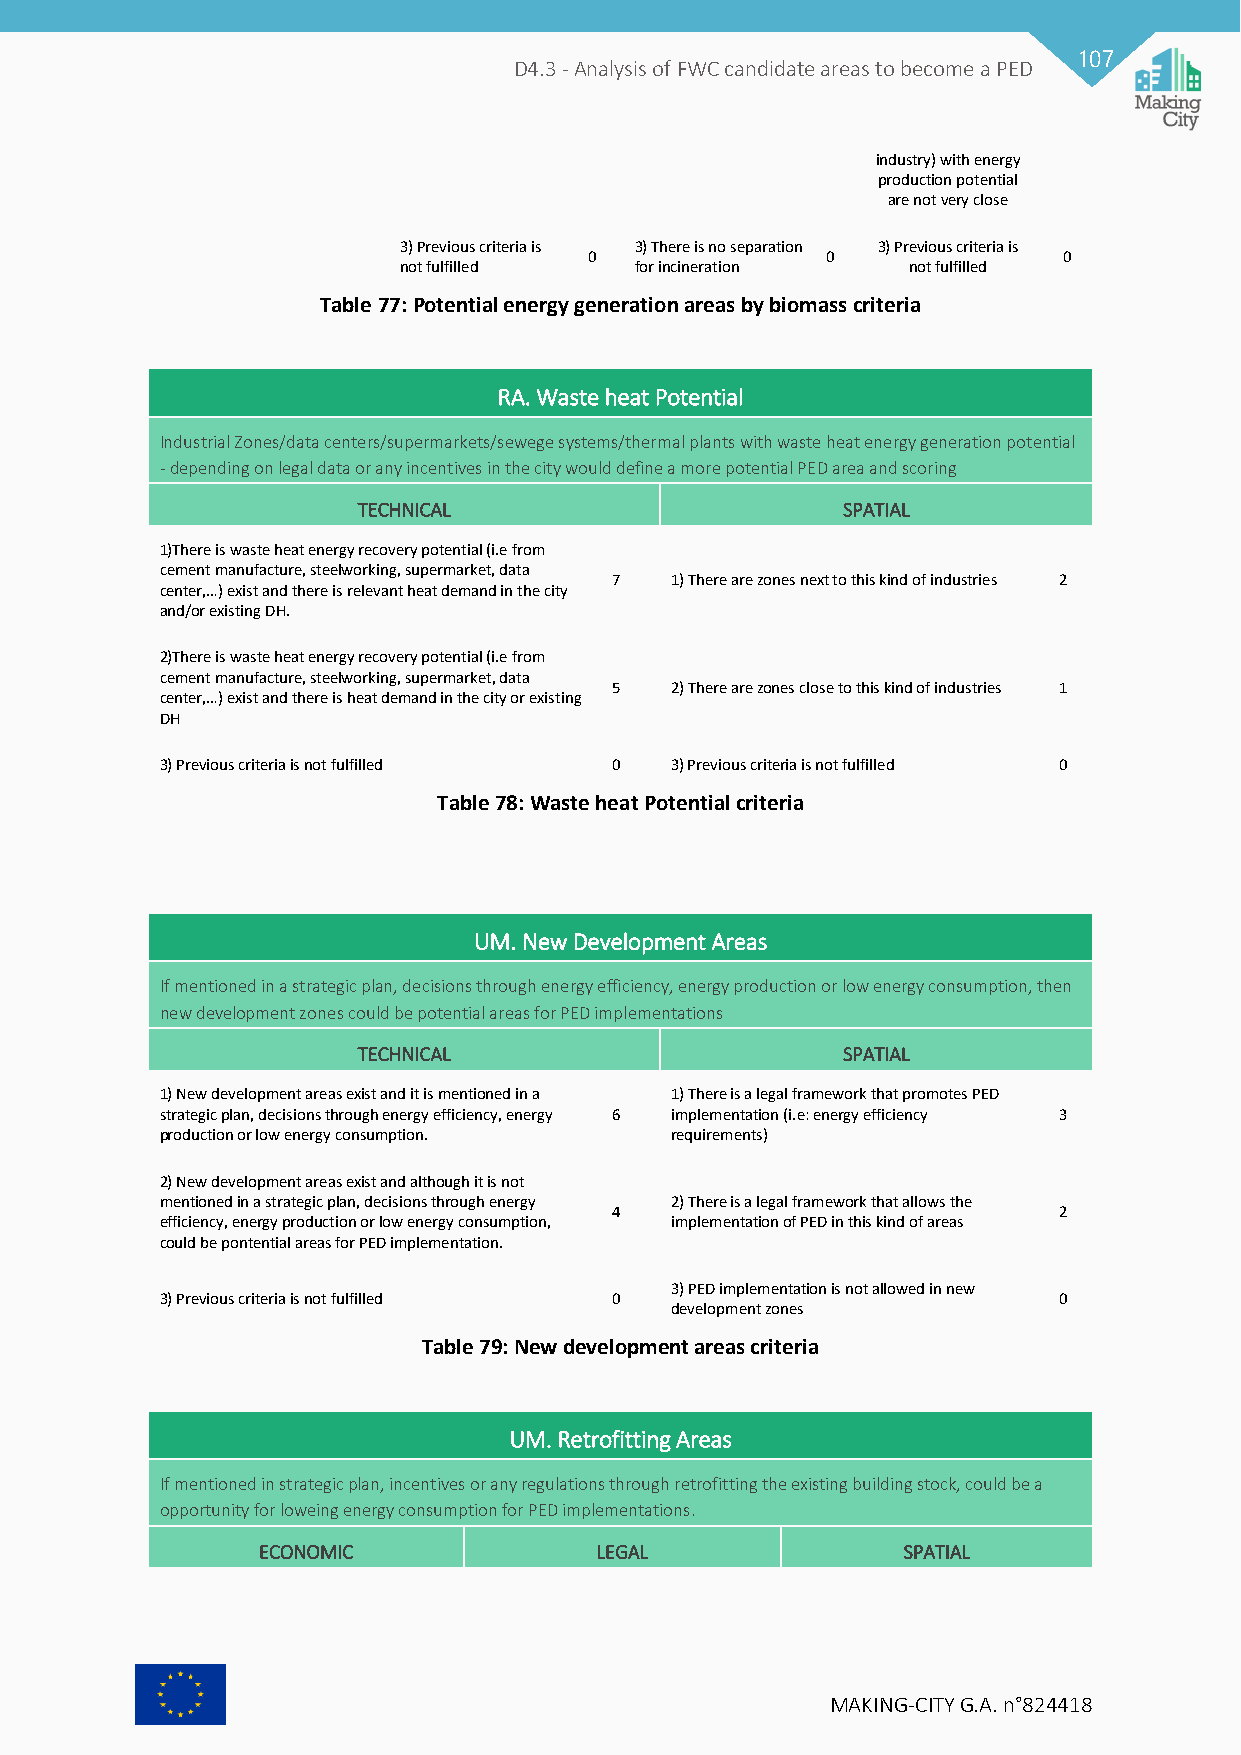
107
 D4.3 - Analysis of FWC candidate areas to become a PED
 industry) with energy
 production potential
 are not very close
 3) Previous criteria is 3) There is no separation 3) Previous criteria is
 0               0              0
 not fulfilled   for incineration  not fulfilled
 Table 77: Potential energy generation areas by biomass criteria
 RA. Waste heat Potential
 Industrial Zones/data centers/supermarkets/sewege systems/thermal plants with waste heat energy generation potential
 - depending on legal data or any incentives in the city would define a more potential PED area and scoring
 TECHNICAL                       SPATIAL
 1)There is waste heat energy recovery potential (i.e from
 cement manufacture, steelworking, supermarket, data
 7   1) There are zones next to this kind of industries 2
 center,…) exist and there is relevant heat demand in the city
 and/or existing DH.
 2)There is waste heat energy recovery potential (i.e from
 cement manufacture, steelworking, supermarket, data
 5   2) There are zones close to this kind of industries 1
 center,…) exist and there is heat demand in the city or existing
 DH
 3) Previous criteria is not fulfilled 0 3) Previous criteria is not fulfilled 0
 Table 78: Waste heat Potential criteria
 UM. New Development Areas
 If mentioned in a strategic plan, decisions through energy efficiency, energy production or low energy consumption, then
 new development zones could be potential areas for PED implementations
 TECHNICAL                       SPATIAL
 1) New development areas exist and it is mentioned in a 1) There is a legal framework that promotes PED
 strategic plan, decisions through energy efficiency, energy 6 implementation (i.e: energy efficiency 3
 production or low energy consumption. requirements)
 2) New development areas exist and although it is not
 mentioned in a strategic plan, decisions through energy 2) There is a legal framework that allows the
 4                             2
 efficiency, energy production or low energy consumption, implementation of PED in this kind of areas
 could be pontential areas for PED implementation.
 3) PED implementation is not allowed in new
 3) Previous criteria is not fulfilled 0                    0
 development zones
 Table 79: New development areas criteria
 UM. Retrofitting Areas
 If mentioned in strategic plan, incentives or any regulations through retrofitting the existing building stock, could be a
 opportunity for loweing energy consumption for PED implementations.
 ECONOMIC              LEGAL                SPATIAL
 MAKING-CITY G.A. n°824418